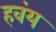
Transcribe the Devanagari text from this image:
हवंय